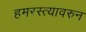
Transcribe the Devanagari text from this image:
हमरस्त्यावरुन